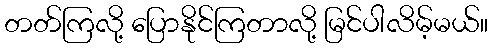
တတ်ကြလို့ ပြောနိုင်ကြတာလို့ မြင်ပါလိမ့်မယ်။